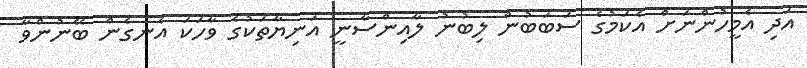
އަދި އެމީހުންނަށް އެކަމުގެ ސަބަބުން ލިބުނު ލާއިންސާނީ އަނިޔާތަކުގެ ވާހަކަ އެނގެން ބޭނުންވާ